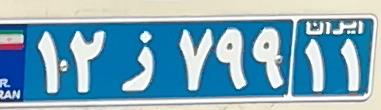
۱۲ز۷۹۹۱۱